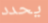
يحدد